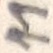
Text: 11